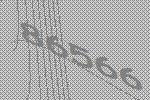
86566